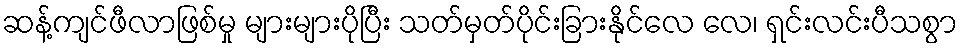
ဆန့်ကျင်ဖီလာဖြစ်မှု များများပိုပြီး သတ်မှတ်ပိုင်းခြားနိုင်လေ လေ၊ ရှင်းလင်းပီသစွာ